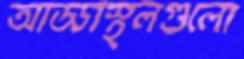
আড্ডাস্থলগুলো